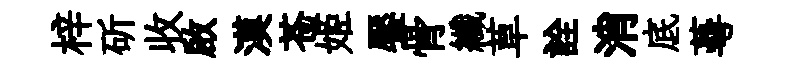
梓斫收啟漠苍姬饜骨纖草詮消底蕚